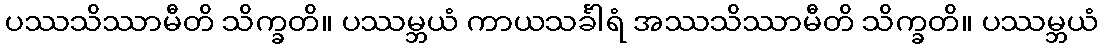
ပဿသိဿာမီတိ သိက္ခတိ။ ပဿမ္ဘယံ ကာယသင်္ခါရံ အဿသိဿာမီတိ သိက္ခတိ။ ပဿမ္ဘယံ